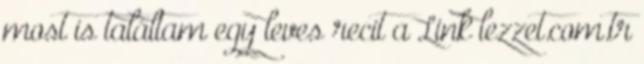
most is találtam egy leves recit a Link lezzet.com.tr